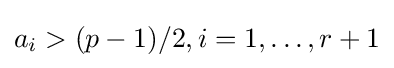
a_{i}>(p-1)/2,i=1,\ldots ,r+1